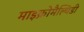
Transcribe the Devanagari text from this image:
माइक्रोमैल्थिडी